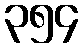
၃၅၄